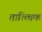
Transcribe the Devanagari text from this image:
तात्त्‍विक